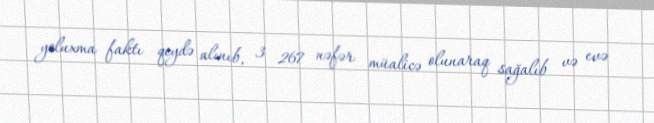
yoluxma faktı qeydə alınıb, 3 267 nəfər müalicə olunaraq sağalıb və evə